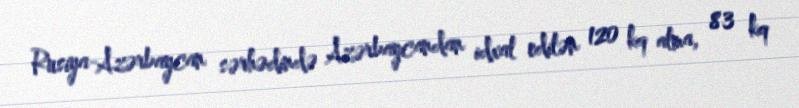
Rusiya-Azərbaycan sərhədində Azərbaycandan idxal edilən 120 kq alma, 83 kq